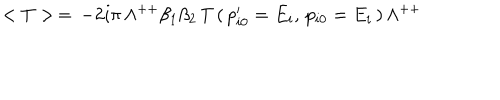
LaTeX: < T > \, = \, - 2 i \pi \, \Lambda ^ { + + } \beta _ { 1 } \beta _ { 2 } \, T \, ( \, p _ { i 0 } ^ { \prime } = E _ { i } , \, p _ { i 0 } = E _ { i } \, ) \, \Lambda ^ { + + }